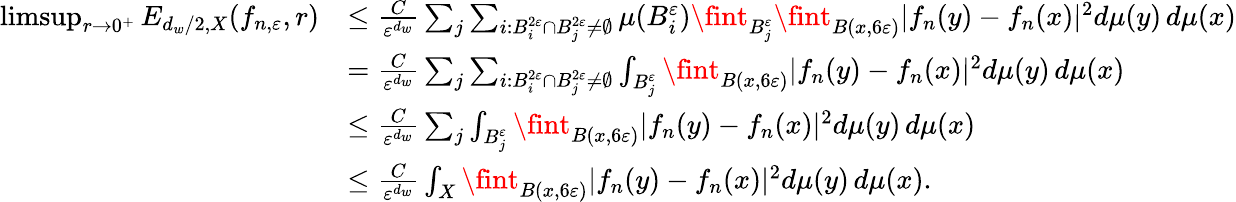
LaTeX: \begin{array}{rl}{\operatorname*{limsup}_{r\to 0^{+}}E_{d_{w}/2,X}(f_{n,\varepsilon},r)}&{\leq\frac{C}{\varepsilon^{d_{w}}}\sum_{j}\sum_{i\colon B_{i}^{2\varepsilon}\cap B_{j}^{2\varepsilon}\neq\emptyset}\mu(B_{i}^{\varepsilon})\fint_{B_{j}^{\varepsilon}}\fint_{B(x,6\varepsilon)}|f_{n}(y)-f_{n}(x)|^{2}d\mu(y)\, d\mu(x)}\\ &{=\frac{C}{\varepsilon^{d_{w}}}\sum_{j}\sum_{i\colon B_{i}^{2\varepsilon}\cap B_{j}^{2\varepsilon}\neq\emptyset}\int_{B_{j}^{\varepsilon}}\fint_{B(x,6\varepsilon)}|f_{n}(y)-f_{n}(x)|^{2}d\mu(y)\, d\mu(x)}\\ &{\leq\frac{C}{\varepsilon^{d_{w}}}\sum_{j}\int_{B_{j}^{\varepsilon}}\fint_{B(x,6\varepsilon)}|f_{n}(y)-f_{n}(x)|^{2}d\mu(y)\, d\mu(x)}\\ &{\leq\frac{C}{\varepsilon^{d_{w}}}\int_{X}\fint_{B(x,6\varepsilon)}|f_{n}(y)-f_{n}(x)|^{2}d\mu(y)\, d\mu(x).}\end{array}